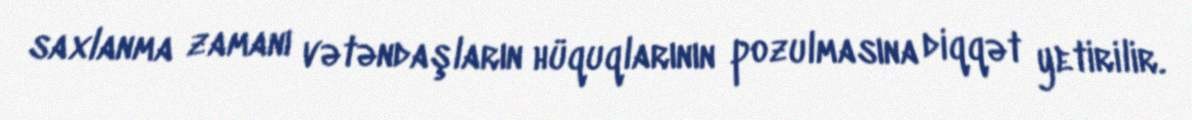
saxlanma zamanı vətəndaşların hüquqlarının pozulmasına diqqət yetirilir.